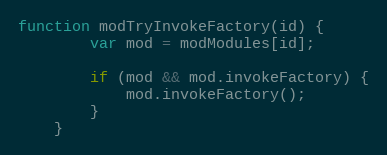
Language: JavaScript
function modTryInvokeFactory(id) {
        var mod = modModules[id];

        if (mod && mod.invokeFactory) {
            mod.invokeFactory();
        }
    }